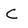
Character: C